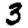
Digit: 3